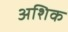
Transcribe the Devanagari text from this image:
अशिक